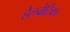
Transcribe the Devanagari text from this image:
हेलवेटिका